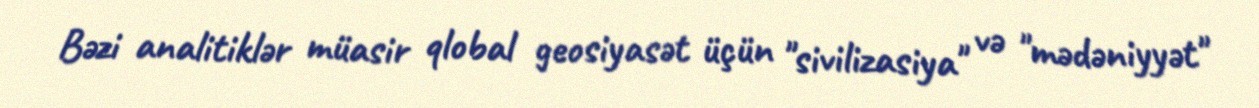
Bəzi analitiklər müasir qlobal geosiyasət üçün "sivilizasiya" və "mədəniyyət"